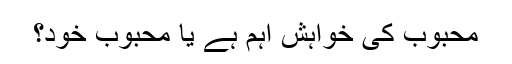
محبوب کی خواہش اہم ہے یا محبوب خود؟